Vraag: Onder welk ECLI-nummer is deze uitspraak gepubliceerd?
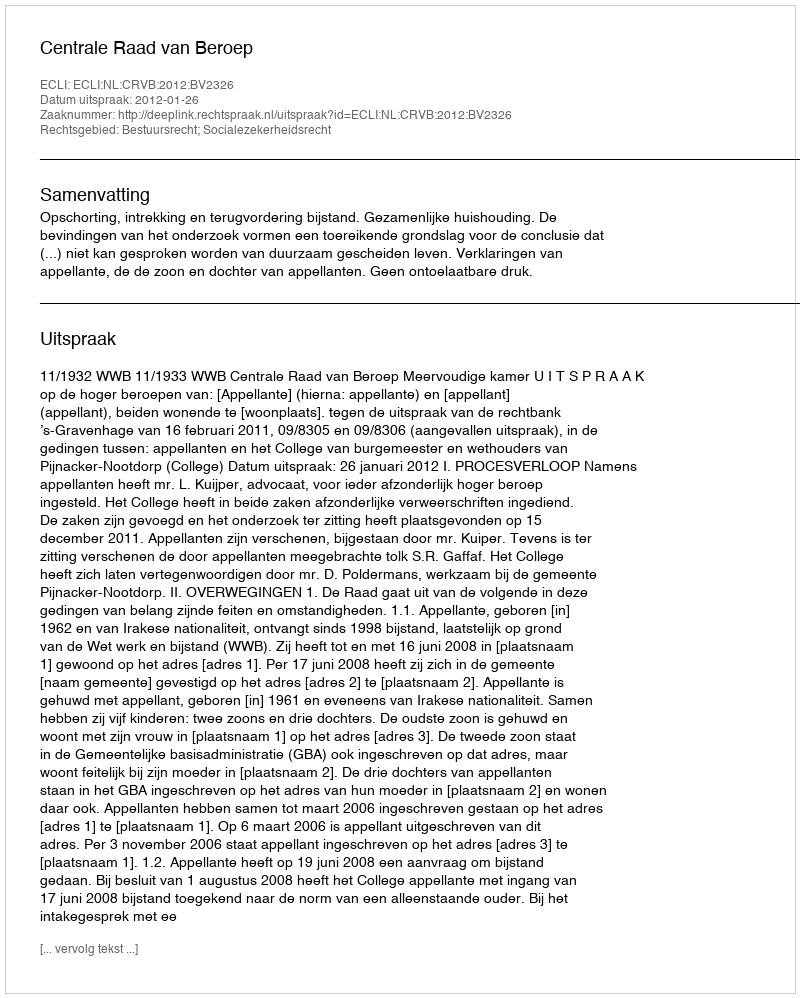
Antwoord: ECLI:NL:CRVB:2012:BV2326